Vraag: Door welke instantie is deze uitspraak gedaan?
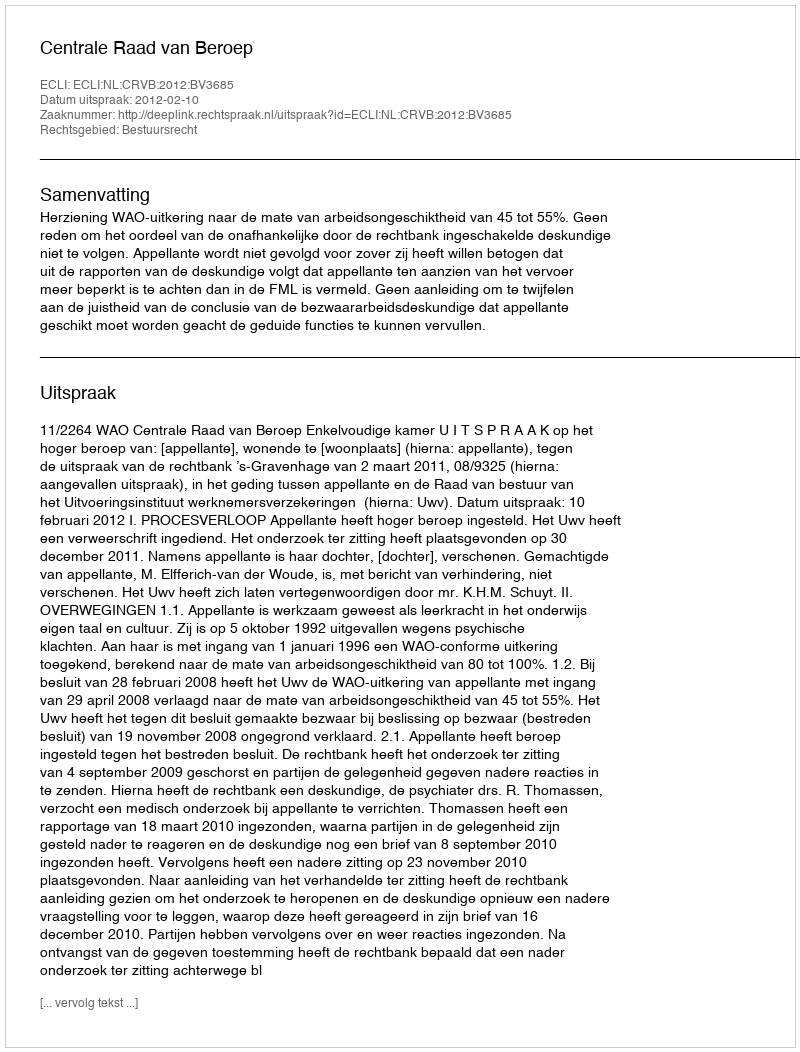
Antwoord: Centrale Raad van Beroep